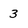
Character: 3